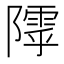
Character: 𱀸